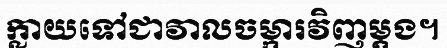
ក្លាយទៅជាវាលចម្ការវិញម្តង។